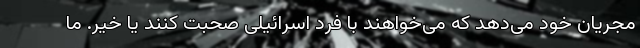
مجریان خود می‌دهد که می‌خواهند با فرد اسرائیلی صحبت کنند یا خیر. ما